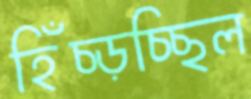
হিঁচ্‌ড়চ্ছিল